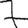
Digit: 7